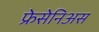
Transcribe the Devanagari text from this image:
फ्रेसेनिअस